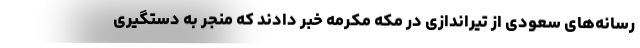
رسانه‌های سعودی از تیراندازی در مکه مکرمه خبر دادند که منجر به دستگیری